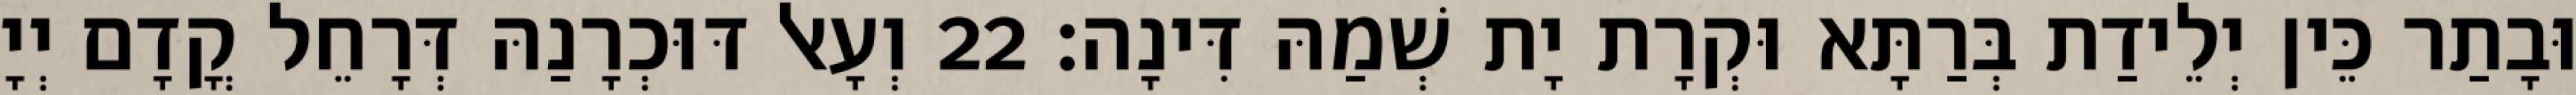
וּבָתַר כֵּין יְלֵידַת בְּרַתָּא וּקְרָת יָת שְׁמַהּ דִּינָה׃ 22 וְעָאל דּוּכְרָנַהּ דְּרָחֵל קֳדָם יְיָ